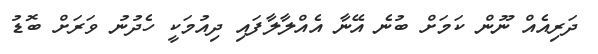
ދަރިއެއް ނޫން ކަމަށް ބުނެ އޭނާ އެއްލާލާފައި ދިއުމަކީ ހެދުނު ވަރަށް ބޮޑު